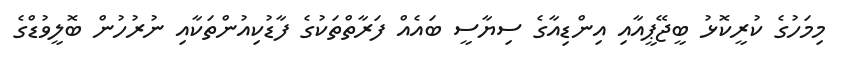
މިމަހުގެ ކުރީކޮޅު ބީޖޭޕީއާއި އިންޑިއާގެ ސިޔާސީ ބައެއް ފަރާތްތަކުގެ ފާޑުކިއުންތަކާއި ނުރުހުން ބޮލީވުޑްގެ